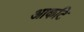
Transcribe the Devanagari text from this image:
आकटि